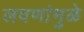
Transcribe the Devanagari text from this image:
लवणांमुळे